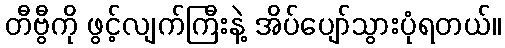
တီဗွီကို ဖွင့်လျက်ကြီးနဲ့ အိပ်ပျော်သွားပုံရတယ်။